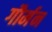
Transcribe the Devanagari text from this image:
गौर्मन